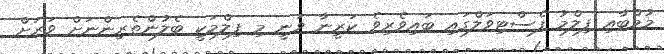
މުމްބާއި ފިލްމު ފެސްޓިވަލްގައި ބައިވެރިވެ ކަރީނާ ވަނީ މި ފިލްމަކީ ބެލުންތެރިންނަށް ވަރަށް